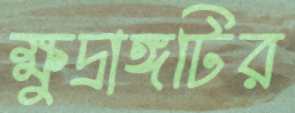
ক্ষুদ্রাঙ্গটির